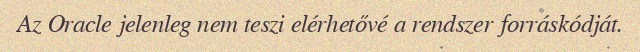
Az Oracle jelenleg nem teszi elérhetővé a rendszer forráskódját.